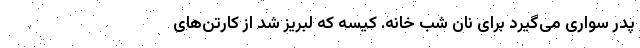
پدر سواری می‌گیرد برای نان شب خانه. کیسه که لبریز شد از کارتن‌های